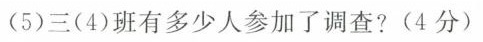
(5)三(4)班有多少人参加了调查?(4分)